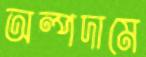
অল্পদামে